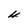
Character: H